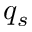
q _ { s }